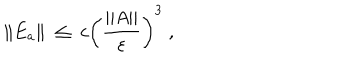
LaTeX: \| E _ { a } \| \; \leq \; c \left( \frac { \| A \| } { \varepsilon } \right) ^ { 3 } \; ,